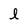
Character: l